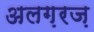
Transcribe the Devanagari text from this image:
अलग़रज़